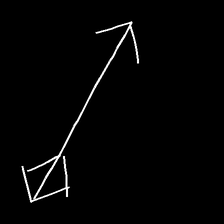
Glyph: focus